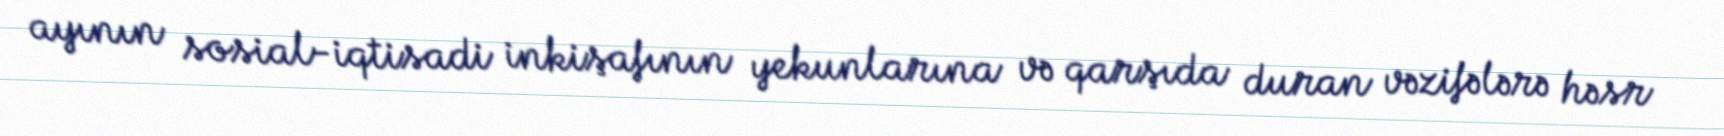
ayının sosial-iqtisadi inkişafının yekunlarına və qarşıda duran vəzifələrə həsr